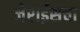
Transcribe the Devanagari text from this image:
जेराईसचा